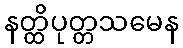
နတ္ထိပုတ္တသမေန